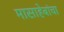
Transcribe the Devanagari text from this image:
मासाहेबांचा